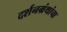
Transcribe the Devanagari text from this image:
दर्शनग्रंथांचा